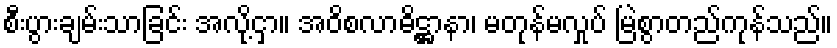
စီးပွားချမ်းသာခြင်း အလို့ငှာ။ အဝိစလာဓိဋ္ဌာနာ၊ မတုန်မလှုပ် မြဲစွာတည်ကုန်သည်။